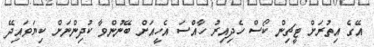
އޭގެ އިތުރަށް ޓީޗިން ކޯސް ހެދިއިރު ހާއްސަ އެހީއަށް ބޭނުންވާ ކުދިންނަށް ކިޔަވައިދޭ